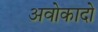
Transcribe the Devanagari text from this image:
अवोकादो